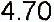
4.70